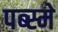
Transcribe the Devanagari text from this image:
पब्स्मे